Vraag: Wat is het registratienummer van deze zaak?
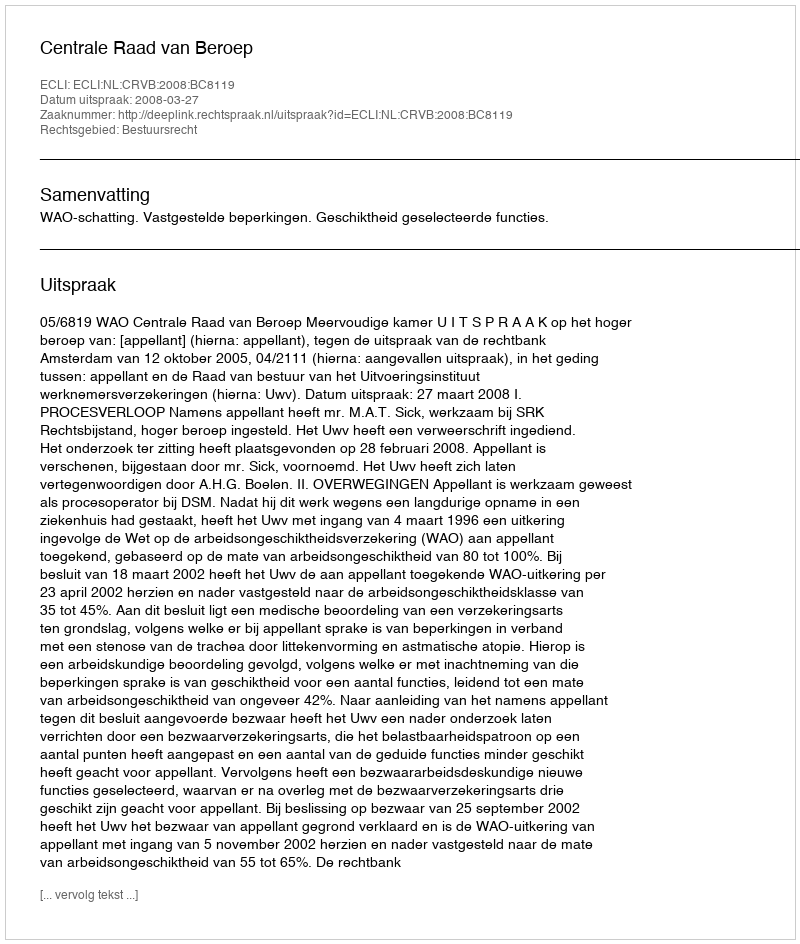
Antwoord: http://deeplink.rechtspraak.nl/uitspraak?id=ECLI:NL:CRVB:2008:BC8119